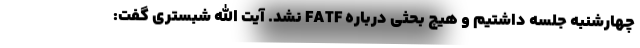
چهارشنبه جلسه داشتیم و هیچ بحثی درباره FATF نشد. آیت الله شبستری گفت: